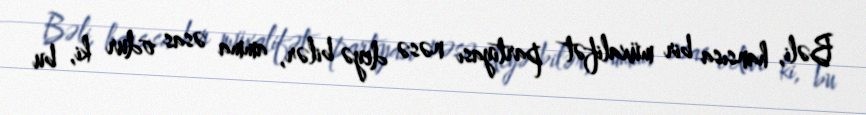
Bəli, hansısa bir müxalifət partiyası nəsə deyə bilər, amma əsas odur ki, bu